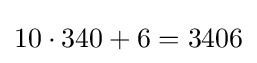
10\cdot 340+6=3406